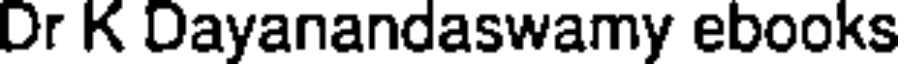
Dr K Dayanandaswamy ebooks